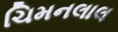
ચિમનલાલ